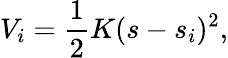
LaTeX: V_{i}=\frac{1}{2}K(s-s_{i})^{2},